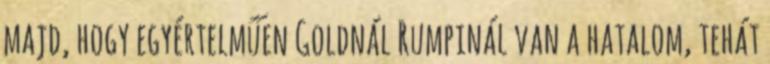
majd, hogy egyértelműen Goldnál Rumpinál van a hatalom, tehát